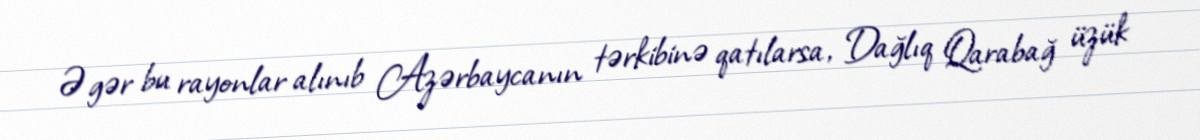
Əgər bu rayonlar alınıb Azərbaycanın tərkibinə qatılarsa, Dağlıq Qarabağ üzük